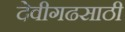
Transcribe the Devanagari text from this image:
देवीगढसाठी